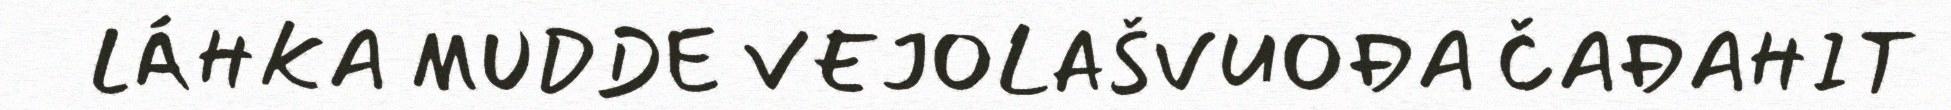
LÁHKA MUDDE VEJOLAŠVUOĐA ČAĐAHIT